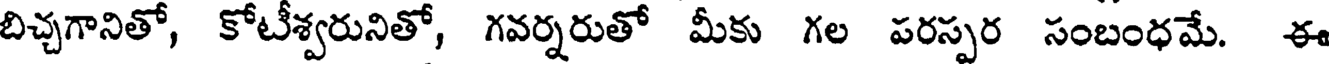
బిచ్చగానితో, కోటీశ్వరునితో, గవర్నరుతో మీకు గల పరస్పర సంబంధమే. ఈ